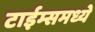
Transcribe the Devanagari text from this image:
टाईम्समध्ये